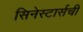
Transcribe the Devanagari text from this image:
सिनेस्टार्सची